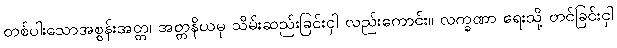
တစ်ပါးသောအစွန်းအတ္တ၊ အတ္တနိယမှ သိမ်းဆည်းခြင်းငှါ လည်းကောင်း။ လက္ခဏာ ရေးသို့ တင်ခြင်းငှါ